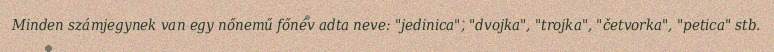
Minden számjegynek van egy nőnemű főnév adta neve: "jedinica", "dvojka", "trojka", "četvorka", "petica" stb.